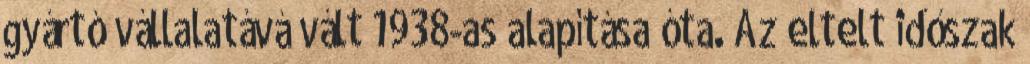
gyártó vállalatává vált 1938-as alapítása óta. Az eltelt időszak